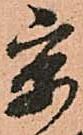
京